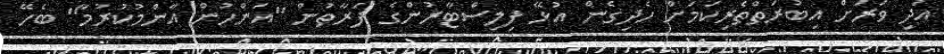
އަދި ވަރަށް އިބުރަތްތެރިކަމަށް ހެދިގެން އުޅޭ ފިލިސްޓާރުންގެ ފަރާތުން "އަންހުން އާންމުކުރުމާ" ބެހޭ